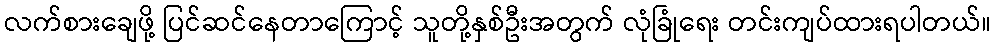
လက်စားချေဖို့ ပြင်ဆင်နေတာကြောင့် သူတို့နှစ်ဦးအတွက် လုံခြုံရေး တင်းကျပ်ထားရပါတယ်။